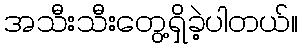
အသီးသီးတွေ့ရှိခဲ့ပါတယ်။